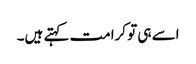
اسے ہی تو کرامت کہتے ہیں۔